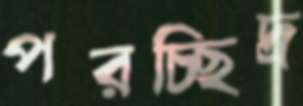
পরচ্ছিদ্র